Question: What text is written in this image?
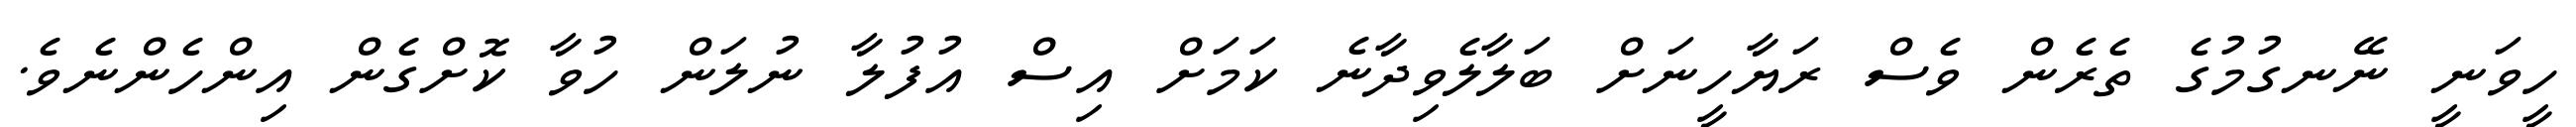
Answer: ހީވަނީ ނޭނގުމުގެ ތެރެން ވެސް ރަޔާހީނަށް ބަލާލެވިދާނެ ކަމަށް އިސް އުފުލާ ނުލަން ހުވާ ކޮށްގެން އިންހެންނެވެ.